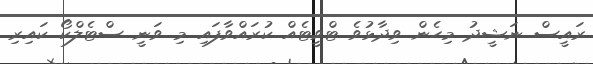
ރައީސް ނަޝީދު މިހެން ވިދާޅުވެ ޓްވީޓެއް ކުރައްވާފައި މި ވަނީ ސްޓެލްކޯ ކައިރި